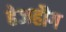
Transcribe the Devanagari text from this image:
हेजहौग